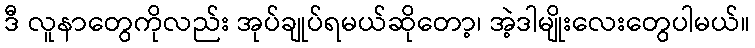
ဒီ လူနာတွေကိုလည်း အုပ်ချုပ်ရမယ်ဆိုတော့၊ အဲ့ဒါမျိုးလေးတွေပါမယ်။